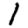
Digit: 1